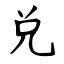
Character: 兑